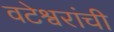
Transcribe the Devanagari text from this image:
वटेश्वरांची